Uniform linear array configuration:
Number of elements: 32
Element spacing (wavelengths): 1
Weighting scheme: hamming
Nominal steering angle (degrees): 30
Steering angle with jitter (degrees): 30.489
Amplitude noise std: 0.05
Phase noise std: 0.05

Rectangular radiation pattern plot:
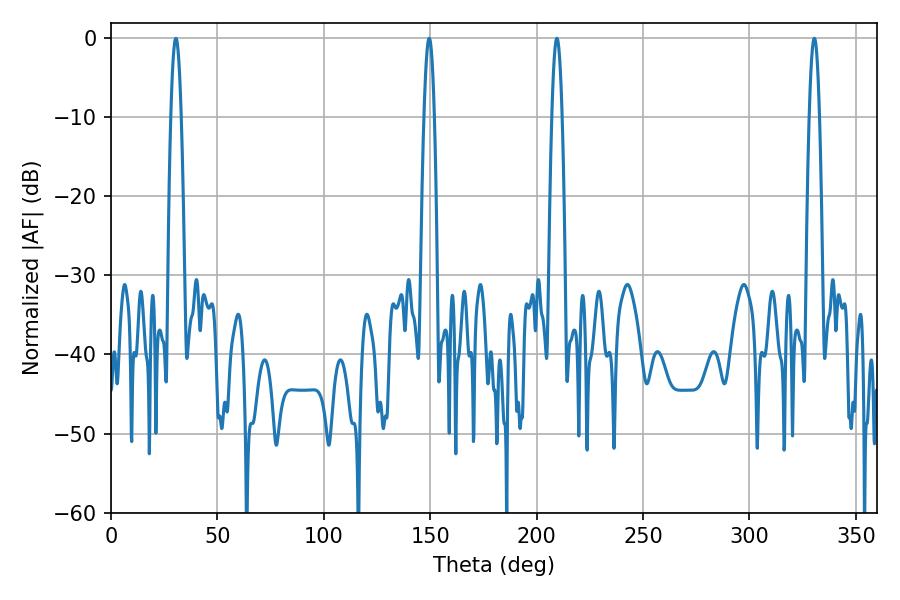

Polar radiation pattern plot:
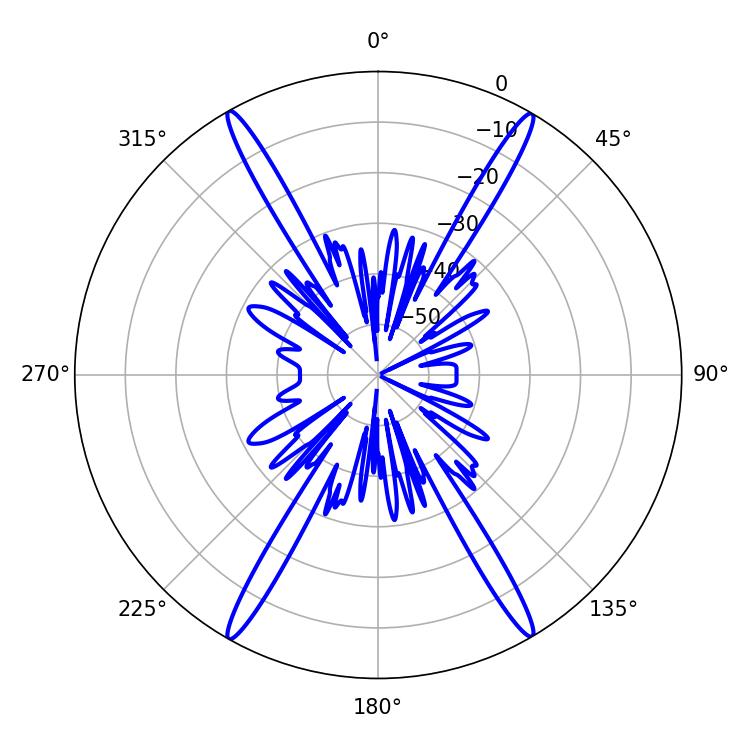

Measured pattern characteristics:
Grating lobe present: TRUE
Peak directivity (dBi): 30.233
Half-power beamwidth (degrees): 2.52
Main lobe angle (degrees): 330.48